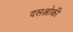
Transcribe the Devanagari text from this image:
दसश्लोकी